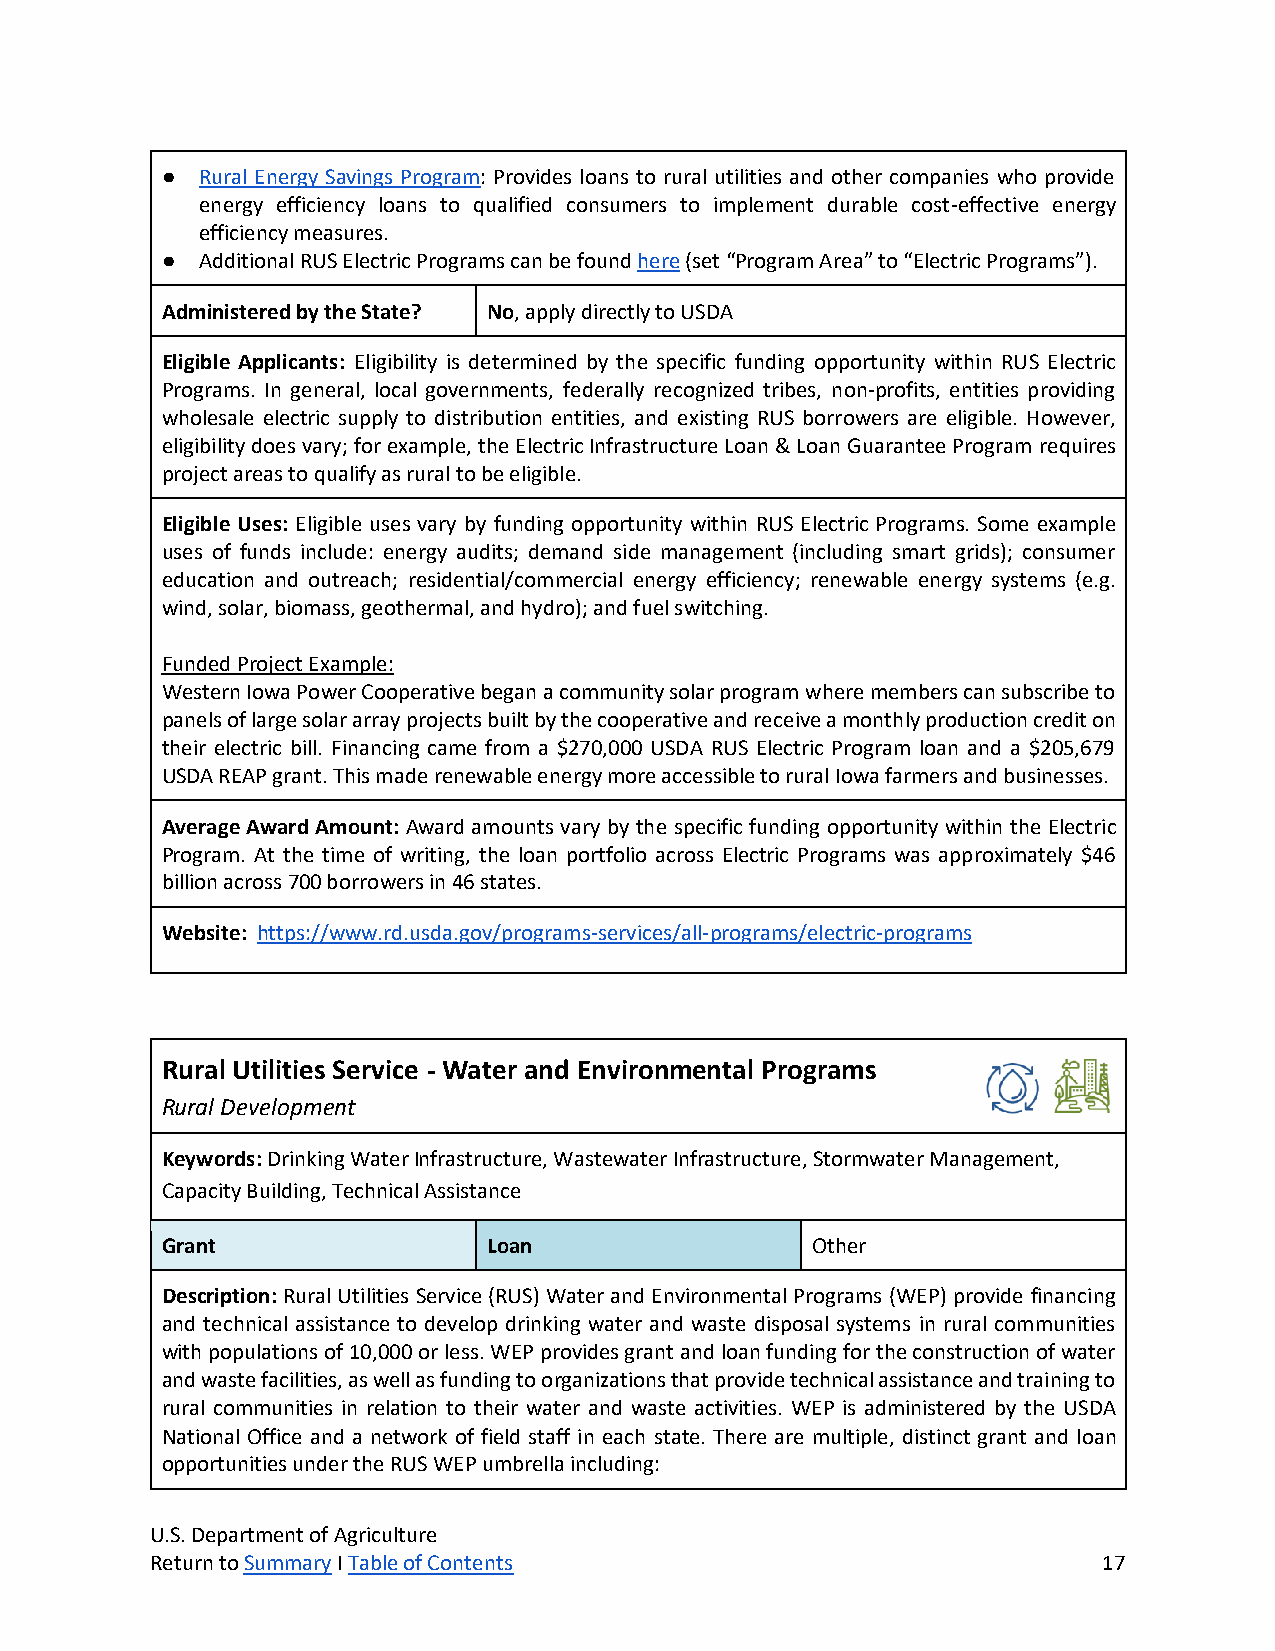
● Rural Energy Savings Program: Provides loans to rural utilities and other companies who provide
 energy efficiency loans to qualified consumers to implement durable cost-effective energy
 efficiency measures.
 ● Additional RUS Electric Programs can be found here (set “Program Area” to “Electric Programs”).
 Administered by the State? No, apply directly to USDA
 Eligible Applicants: Eligibility is determined by the specific funding opportunity within RUS Electric
 Programs. In general, local governments, federally recognized tribes, non-profits, entities providing
 wholesale electric supply to distribution entities, and existing RUS borrowers are eligible. However,
 eligibility does vary; for example, the Electric Infrastructure Loan & Loan Guarantee Program requires
 project areas to qualify as rural to be eligible.
 Eligible Uses: Eligible uses vary by funding opportunity within RUS Electric Programs. Some example
 uses of funds include: energy audits; demand side management (including smart grids); consumer
 education and outreach; residential/commercial energy efficiency; renewable energy systems (e.g.
 wind, solar, biomass, geothermal, and hydro); and fuel switching.
 Funded Project Example:
 Western Iowa Power Cooperative began a community solar program where members can subscribe to
 panels of large solar array projects built by the cooperative and receive a monthly production credit on
 their electric bill. Financing came from a $270,000 USDA RUS Electric Program loan and a $205,679
 USDA REAP grant. This made renewable energy more accessible to rural Iowa farmers and businesses.
 Average Award Amount: Award amounts vary by the specific funding opportunity within the Electric
 Program. At the time of writing, the loan portfolio across Electric Programs was approximately $46
 billion across 700 borrowers in 46 states.
 Website: https://www.rd.usda.gov/programs-services/all-programs/electric-programs
 Rural Utilities Service - Water and Environmental Programs
 Rural Development
 Keywords: Drinking Water Infrastructure, Wastewater Infrastructure, Stormwater Management,
 Capacity Building, Technical Assistance
 Grant                Loan                  Other
 Description: Rural Utilities Service (RUS) Water and Environmental Programs (WEP) provide financing
 and technical assistance to develop drinking water and waste disposal systems in rural communities
 with populations of 10,000 or less. WEP provides grant and loan funding for the construction of water
 and waste facilities, as well as funding to organizations that provide technical assistance and training to
 rural communities in relation to their water and waste activities. WEP is administered by the USDA
 National Office and a network of field staff in each state. There are multiple, distinct grant and loan
 opportunities under the RUS WEP umbrella including:
 U.S. Department of Agriculture
 Return to Summary I Table of Contents                          17